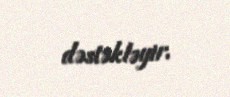
dəstəkləyir.